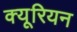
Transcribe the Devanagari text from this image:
क्यूरियन